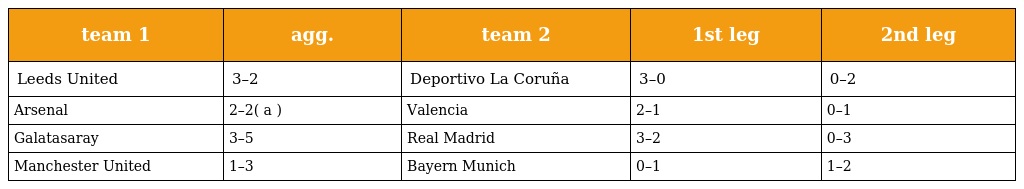
| team 1 | agg. | team 2 | 1st leg | 2nd leg |
 | --- | --- | --- | --- | --- |
 | Leeds United | 3–2 | Deportivo La Coruña | 3–0 | 0–2 |
 | Arsenal | 2–2( a ) | Valencia | 2–1 | 0–1 |
 | Galatasaray | 3–5 | Real Madrid | 3–2 | 0–3 |
 | Manchester United | 1–3 | Bayern Munich | 0–1 | 1–2 |